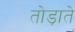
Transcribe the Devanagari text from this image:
तोड़ाते